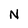
Character: N